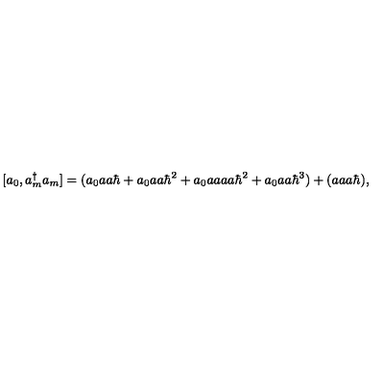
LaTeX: [ a _ { 0 } , a _ { m } ^ { \dagger } a _ { m } ] = ( a _ { 0 } a a \hbar + a _ { 0 } a a \hbar ^ { 2 } + a _ { 0 } a a a a \hbar ^ { 2 } + a _ { 0 } a a \hbar ^ { 3 } ) + ( a a a \hbar ) ,